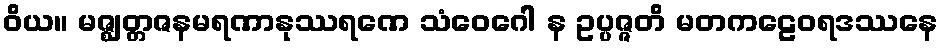
ဝိယ။ မဇ္ဈတ္တဇနမရဏာနုဿရဏေ သံဝေဂေါ န ဥပ္ပဇ္ဇတိ မတကဠေဝရဒဿနေ